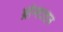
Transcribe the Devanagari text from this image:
ब्रॉन्स्टाइन